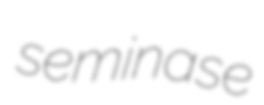
seminase